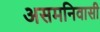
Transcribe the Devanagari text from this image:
असमनिवासी